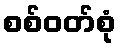
စစ်ဝတ်စုံ